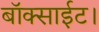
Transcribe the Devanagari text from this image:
बॉक्साईट।